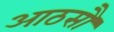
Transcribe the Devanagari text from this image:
आठसौ